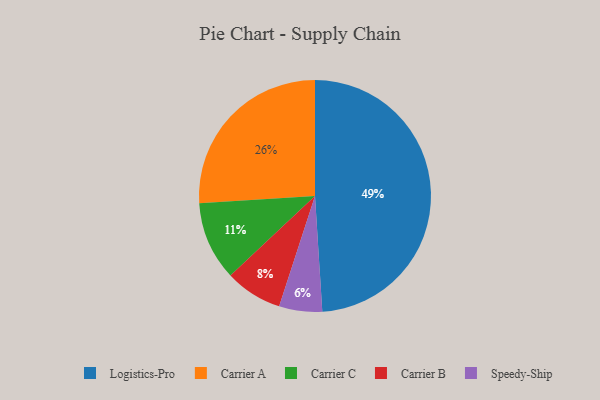
{"axis": {"x": "Category", "y": "Percentage"}, "legend": ["Carrier A", "Carrier B", "Carrier C", "Logistics-Pro", "Speedy-Ship"], "data": [{"x": "Carrier B", "y": 8, "type": "Carrier B"}, {"x": "Logistics-Pro", "y": 49, "type": "Logistics-Pro"}, {"x": "Carrier C", "y": 11, "type": "Carrier C"}, {"x": "Carrier A", "y": 26, "type": "Carrier A"}, {"x": "Speedy-Ship", "y": 6, "type": "Speedy-Ship"}]}